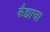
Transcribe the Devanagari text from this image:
कैद्याचा